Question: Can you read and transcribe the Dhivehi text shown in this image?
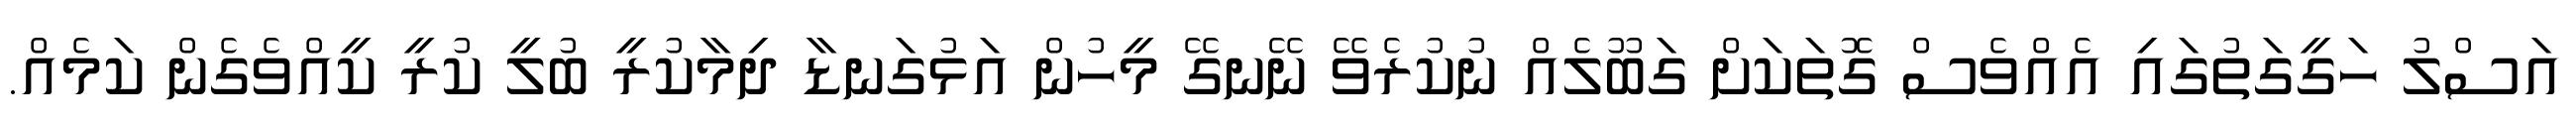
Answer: އަސްލު ހަގީގަތުގައި އެއްވެސް ގޮތަކަށް ގަބޫލެއް ނުކުރެވޭ ނޭނގޭ މީހުން އަޅުގަނޑާ ދިމާކުރީ ބުލީ ކުރީ ކީއްވެގެން ކަމެއް.